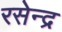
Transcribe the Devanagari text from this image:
रसेन्द्र